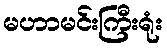
မဟာမင်းကြီးရုံး